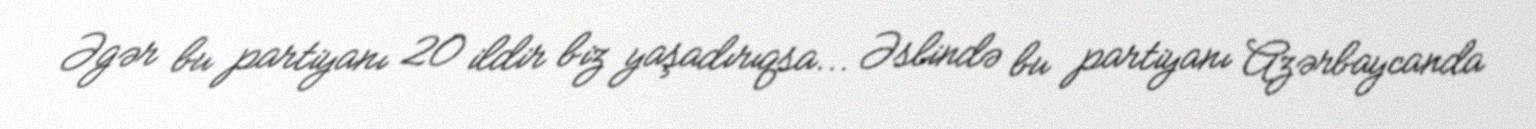
Əgər bu partiyanı 20 ildir biz yaşadırıqsa... Əslində bu partiyanı Azərbaycanda